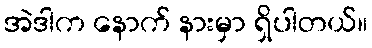
အဲဒါက နောက် နားမှာ ရှိပါတယ်။